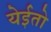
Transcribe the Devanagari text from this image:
येईतो